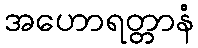
အဟောရတ္တာနံ